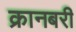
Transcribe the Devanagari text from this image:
क्रानबरी